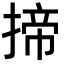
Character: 揥